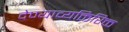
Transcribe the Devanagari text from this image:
देण्याव्यक्तिरिक्त